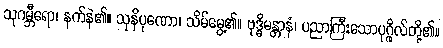
သုဂမ္ဘီရော၊ နက်နဲ၏။ သုနိပုဏော၊ သိမ်မွေ့၏။ ဗုဒ္ဓိမန္တာနံ၊ ပညာကြီးသောပုဂ္ဂိုလ်တို့၏။